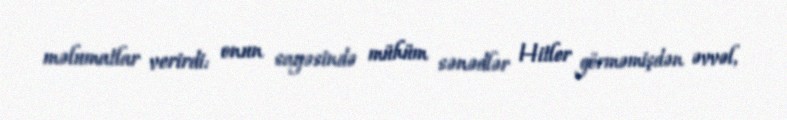
məlumatlar verirdi: onun sayəsində mühüm sənədlər Hitler görməmişdən əvvəl,